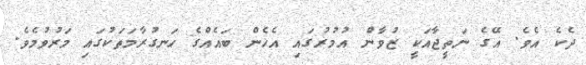
ދެކެ އެވެ. އޭގެ ނަތީޖާއަކީ ޒުވާން އުމުރުގައި އެހެން ބައެއްގެ ހަނގުރާމަތަކުގައި މަރުވުމެވެ.